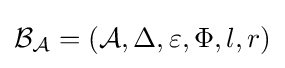
{\mathcal {B_{A}}}=({\mathcal {A}},\Delta ,\varepsilon ,\Phi ,l,r)